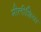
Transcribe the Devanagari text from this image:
मीलीशिया